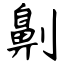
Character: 劓